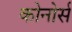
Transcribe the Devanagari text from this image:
कोनोर्स